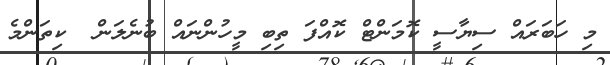
މި ހަބަރައް ސިޔާސީ ކޮމަންޓް ކޮއްފަ ތިބި މީހުންނައް ބުނެލަން  ކިތަންމެ